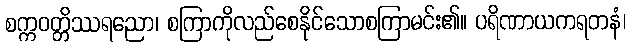
စက္ကဝတ္တိဿရညော၊ စကြာကိုလည်စေနိုင်သောစကြာမင်း၏။ ပရိဏာယကရတနံ၊